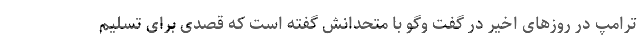
ترامپ در روزهای اخیر در گفت وگو با متحدانش گفته است که قصدی برای تسلیم